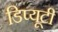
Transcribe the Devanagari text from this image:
डिप्यूटी